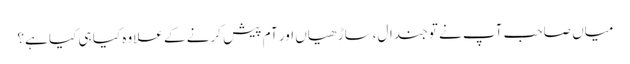
میاں صاحب آپ نے تو جندال،ساڑ ھیاں اور آم پیش کرنے کے علاوہ کیا ہی کیا ہے؟